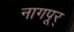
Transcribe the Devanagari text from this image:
नागपूर्